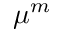
\mu ^ { m }